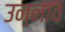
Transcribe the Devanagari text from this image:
उन्‍नाव